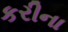
કરીના